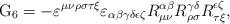
LaTeX: \begin{align*}{\rm G}_{6}=-\varepsilon ^{\mu \nu \rho \sigma \tau \xi }\varepsilon _{\alpha\beta \gamma \delta \epsilon \zeta }R_{\mu \nu }^{\alpha \beta }R_{\rho\sigma }^{\gamma \delta }R_{\tau \xi }^{\epsilon \zeta }, \end{align*}